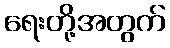
ရေးတို့အတွက်